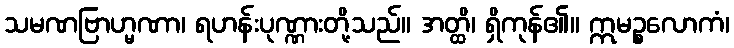
သမဏဗြာဟ္မဏာ၊ ရဟန်းပုဏ္ဏားတို့သည်။ အတ္ထိ၊ ရှိကုန်၏။ ဣမဉ္စလောကံ၊